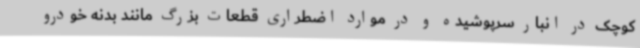
کوچک در انبار سرپوشیده و در موارد اضطراری قطعات بزرگ مانند بدنه خودرو